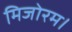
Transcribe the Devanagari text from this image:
मिजोरम।